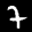
Label: 7